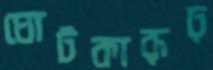
ঘোটকারূঢ়